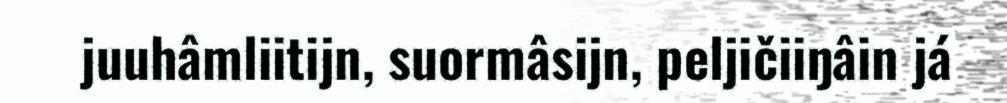
juuhâmliitijn, suormâsijn, peljičiiŋâin já